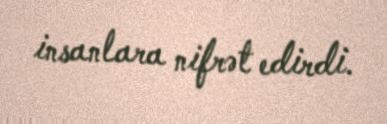
insanlara nifrət edirdi.